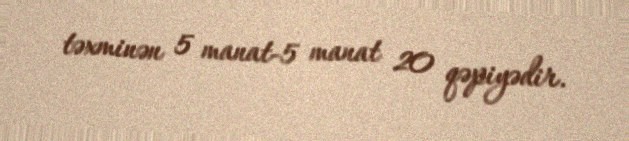
təxminən 5 manat-5 manat 20 qəpiyədir.